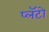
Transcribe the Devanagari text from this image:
प्लॅटो